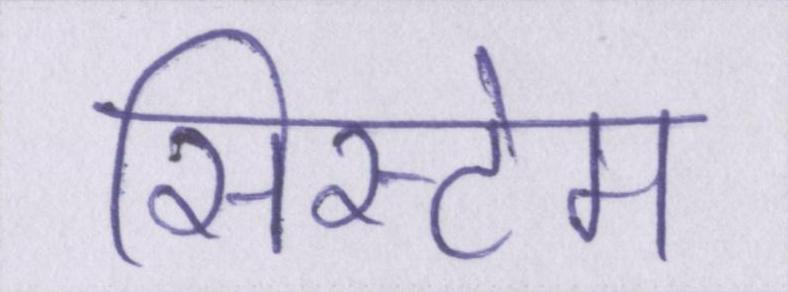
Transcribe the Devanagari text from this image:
सिस्टेम